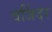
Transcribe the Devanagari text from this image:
वजिंदर